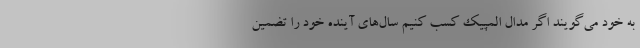
به خود می‌گویند اگر مدال المپیک کسب کنیم سال‌های آینده خود را تضمین